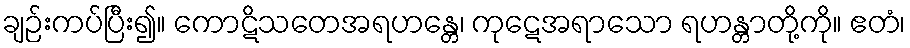
ချဉ်းကပ်ပြီး၍။ ကောဋိသတေအရဟန္တေ၊ ကုဋေအရာသော ရဟန္တာတို့ကို။ ဧတံ၊